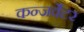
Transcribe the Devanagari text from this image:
कन्जर्वेटर